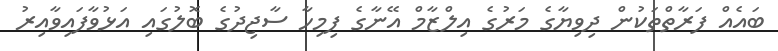
ބައެއް ފަރާތްތަކުން ދިވިޔާގެ މަރުގެ އިލްޒާމް އޭނާގެ ފިމިހާ ސާޖިދުގެ ބޮލުގައި އަޅުވާފައިވާއިރު